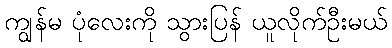
ကျွန်မ ပုံလေးကို သွားပြန် ယူလိုက်ဦးမယ်